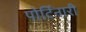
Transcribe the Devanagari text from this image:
पोर्टिनारी